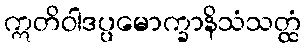
ဣတိဝါဒပ္ပမောက္ခာနိသံသတ္ထံ